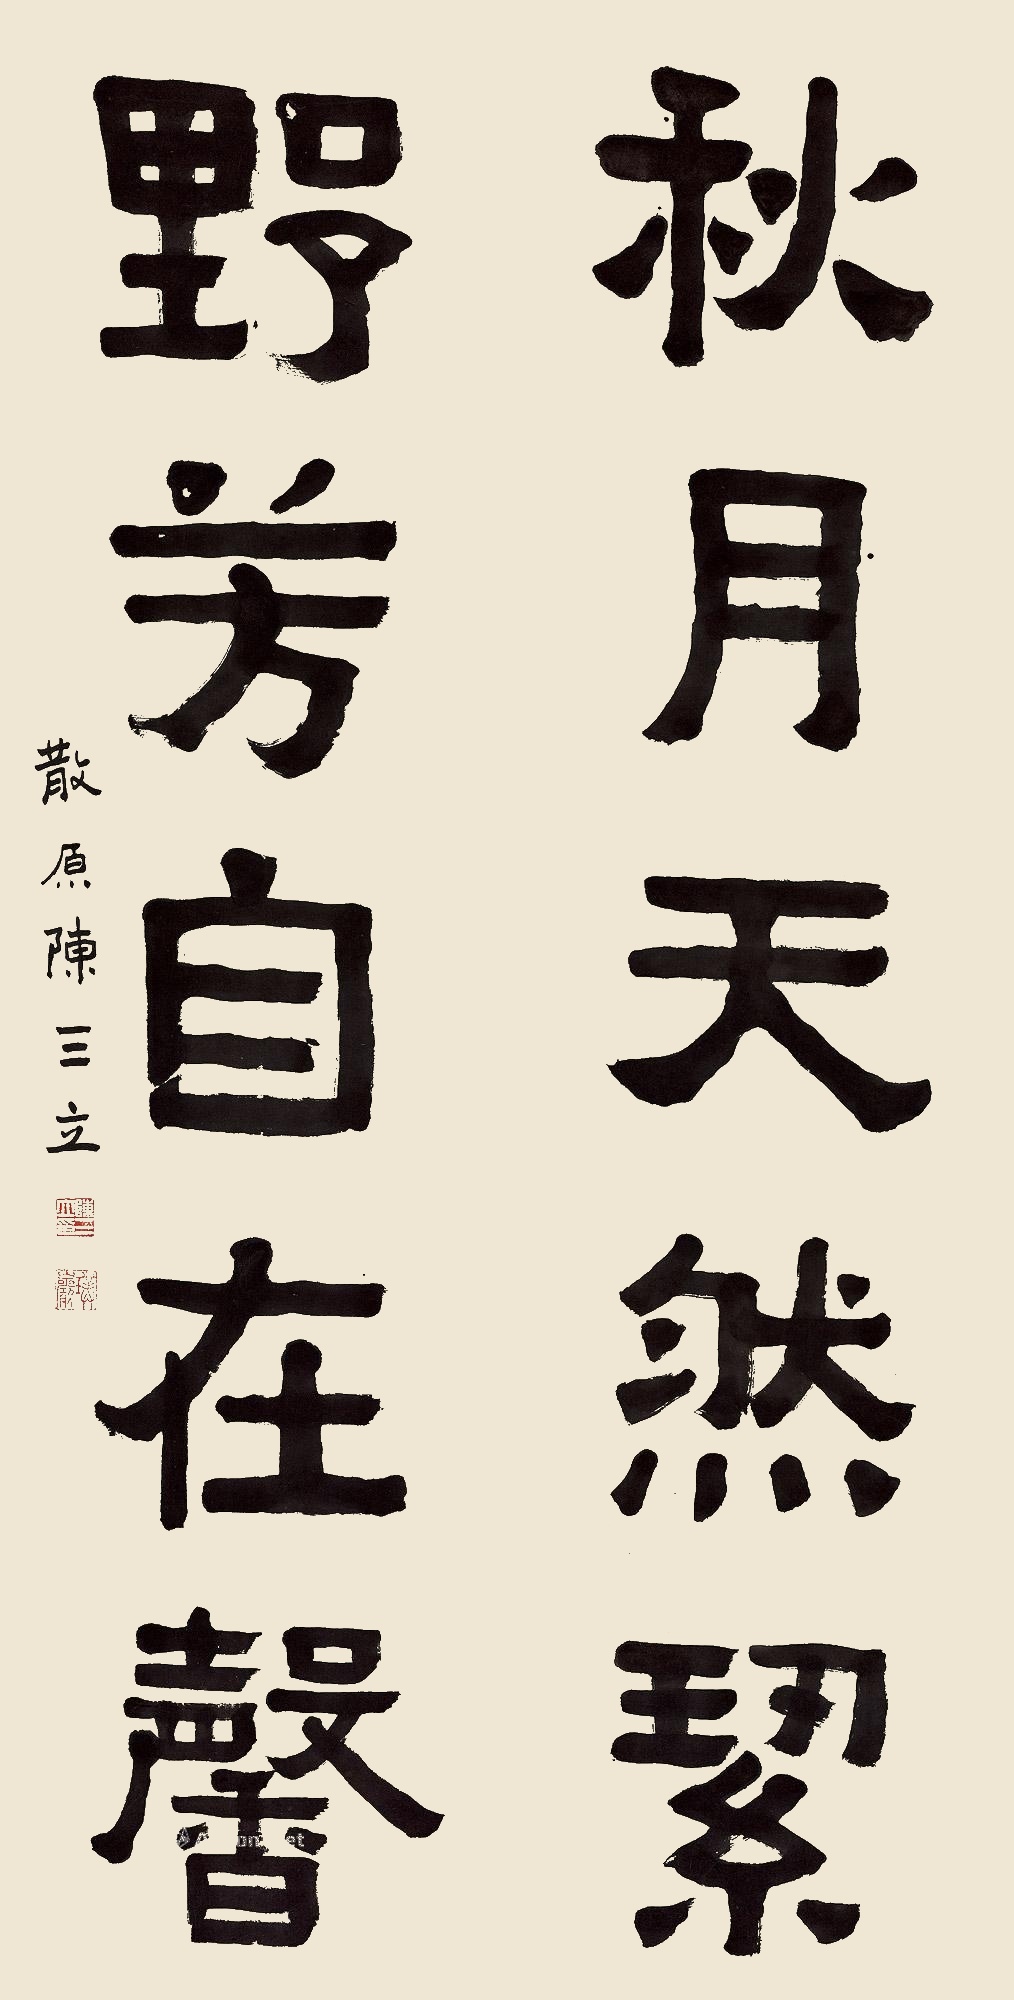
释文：秋月天然洁，野芳自在馨。散原陈三立。